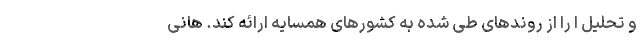
و تحلیل ا را از روند‌های طی شده به کشو‌رهای همسایه ارائه کند. هانی